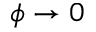
\phi \to 0